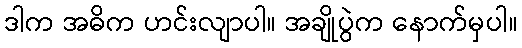
ဒါက အဓိက ဟင်းလျာပါ။ အချိုပွဲက နောက်မှပါ။